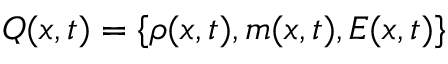
Q ( x , t ) = \{ \rho ( x , t ) , m ( x , t ) , E ( x , t ) \}